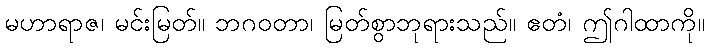
မဟာရာဇ၊ မင်းမြတ်။ ဘဂဝတာ၊ မြတ်စွာဘုရားသည်။ ဧတံ၊ ဤဂါထာကို။